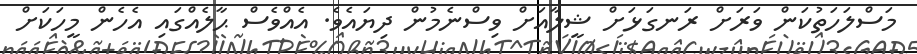
މަސްލަހަތުކަން ވަރަށް ރަނގަޅަށް ޝީލާއަށް ވިސްނެމުން ދިޔައެވެ. އެއްވެސް ޙާލެއްގައި އެހެން މީހަކަށް